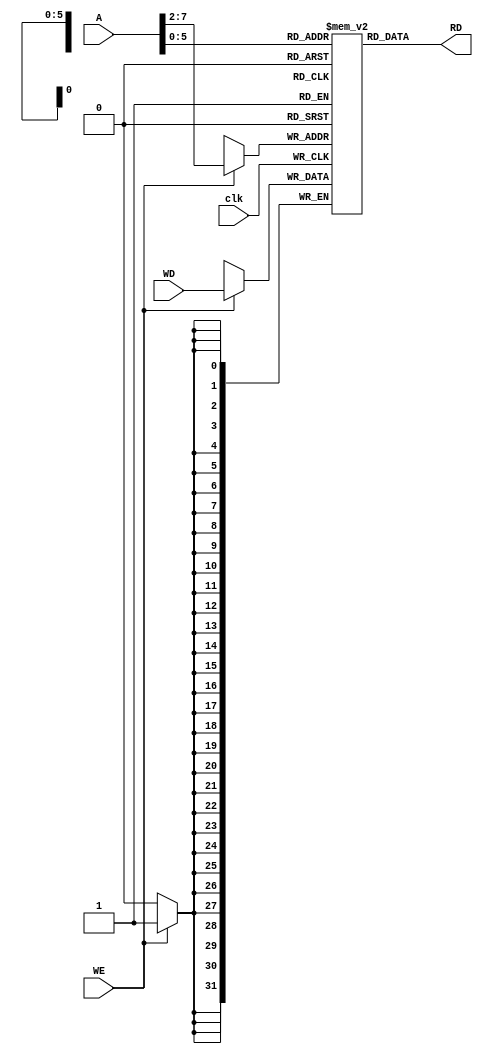

module DATA_MEM_RISC_ARCH(
input [31:0]WD,
input [31:0]A,
input clk ,
input WE,
output reg [31:0]RD);

reg [31:0] MEM_SIZE [63:0];

always @(*)
begin 
    RD <= MEM_SIZE[A];
end

always @(posedge clk)
begin

if(WE)
    MEM_SIZE[A[31:2]] <= WD;
end
endmodule